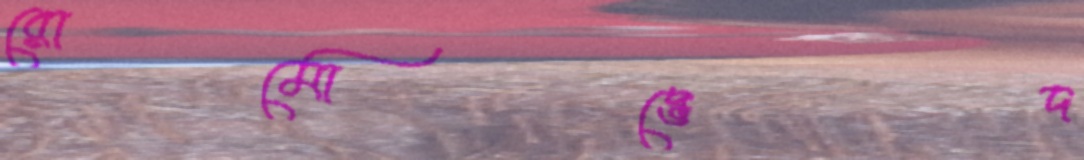
রোমোদ্ভেদ